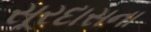
સૂરદાસના